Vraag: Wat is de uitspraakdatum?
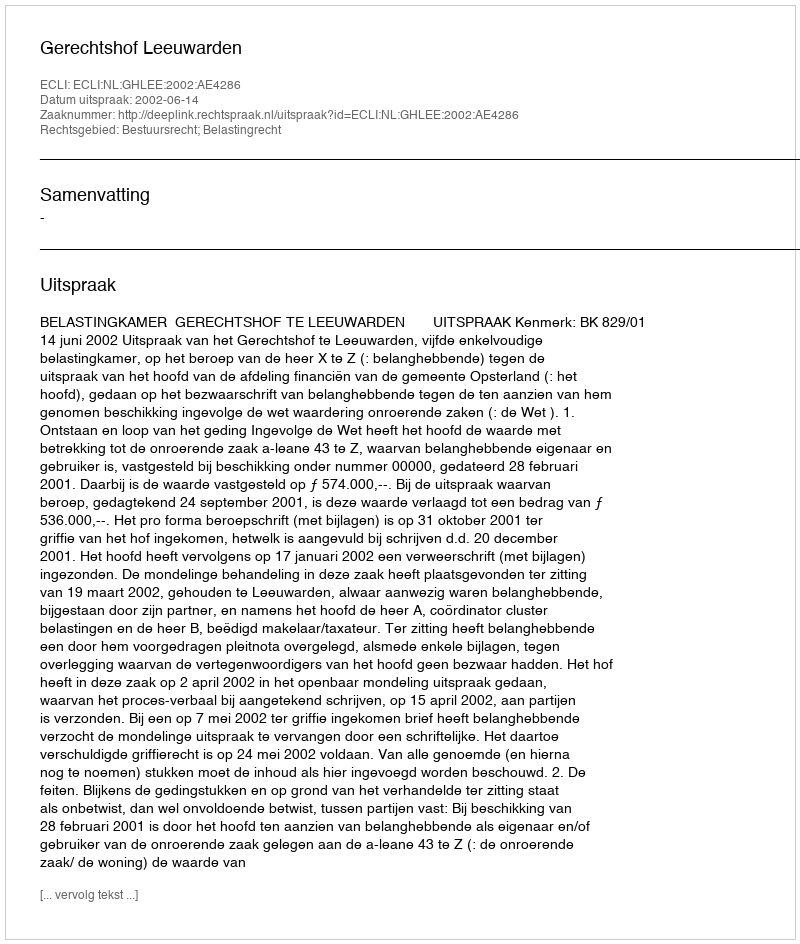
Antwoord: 2002-06-14